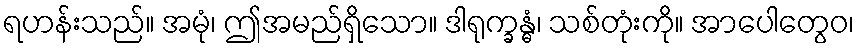
ရဟန်းသည်။ အမုံ၊ ဤအမည်ရှိသော။ ဒါရုက္ခန္ဓံ၊ သစ်တုံးကို။ အာပေါတွေဝ၊